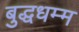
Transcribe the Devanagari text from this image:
बुद्धधम्म